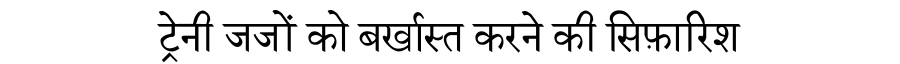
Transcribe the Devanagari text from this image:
ट्रेनी जजों को बर्खास्त करने की सिफ़ारिश